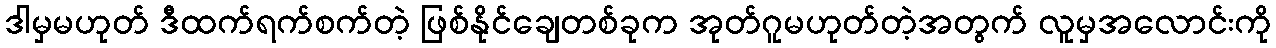
ဒါမှမဟုတ် ဒီထက်ရက်စက်တဲ့ ဖြစ်နိုင်ချေတစ်ခုက အုတ်ဂူမဟုတ်တဲ့အတွက် လူမှအလောင်းကို